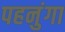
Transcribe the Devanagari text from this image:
पहनुंगा